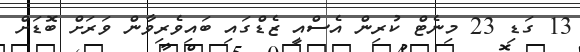
13 ގަޑި 23 މިނެޓް ކުރިން އެސްއީ ޒެޑްގައި ބައިވެރިވާން ވަރަށް ބޮޑަށް